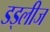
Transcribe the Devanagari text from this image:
डड्लीज